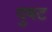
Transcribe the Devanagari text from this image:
दुषट